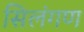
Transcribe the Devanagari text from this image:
सिलंगण